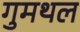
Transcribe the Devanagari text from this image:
गुमथल